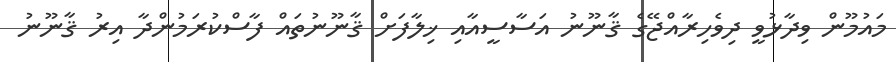
މައުމޫން ވިދާޅުވީ ދިވެހިރާއްޖޭގެ ޤާނޫނު އަސާސީއާއި ޚިލާފަށް ޤާނޫނުތައް ފާސްކުރަމުންދާ އިރު ޤާނޫނު